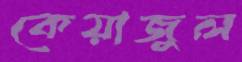
কেয়াজুল